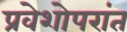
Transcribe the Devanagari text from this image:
प्रवेशोपरांत